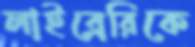
লাইব্রেরিকে